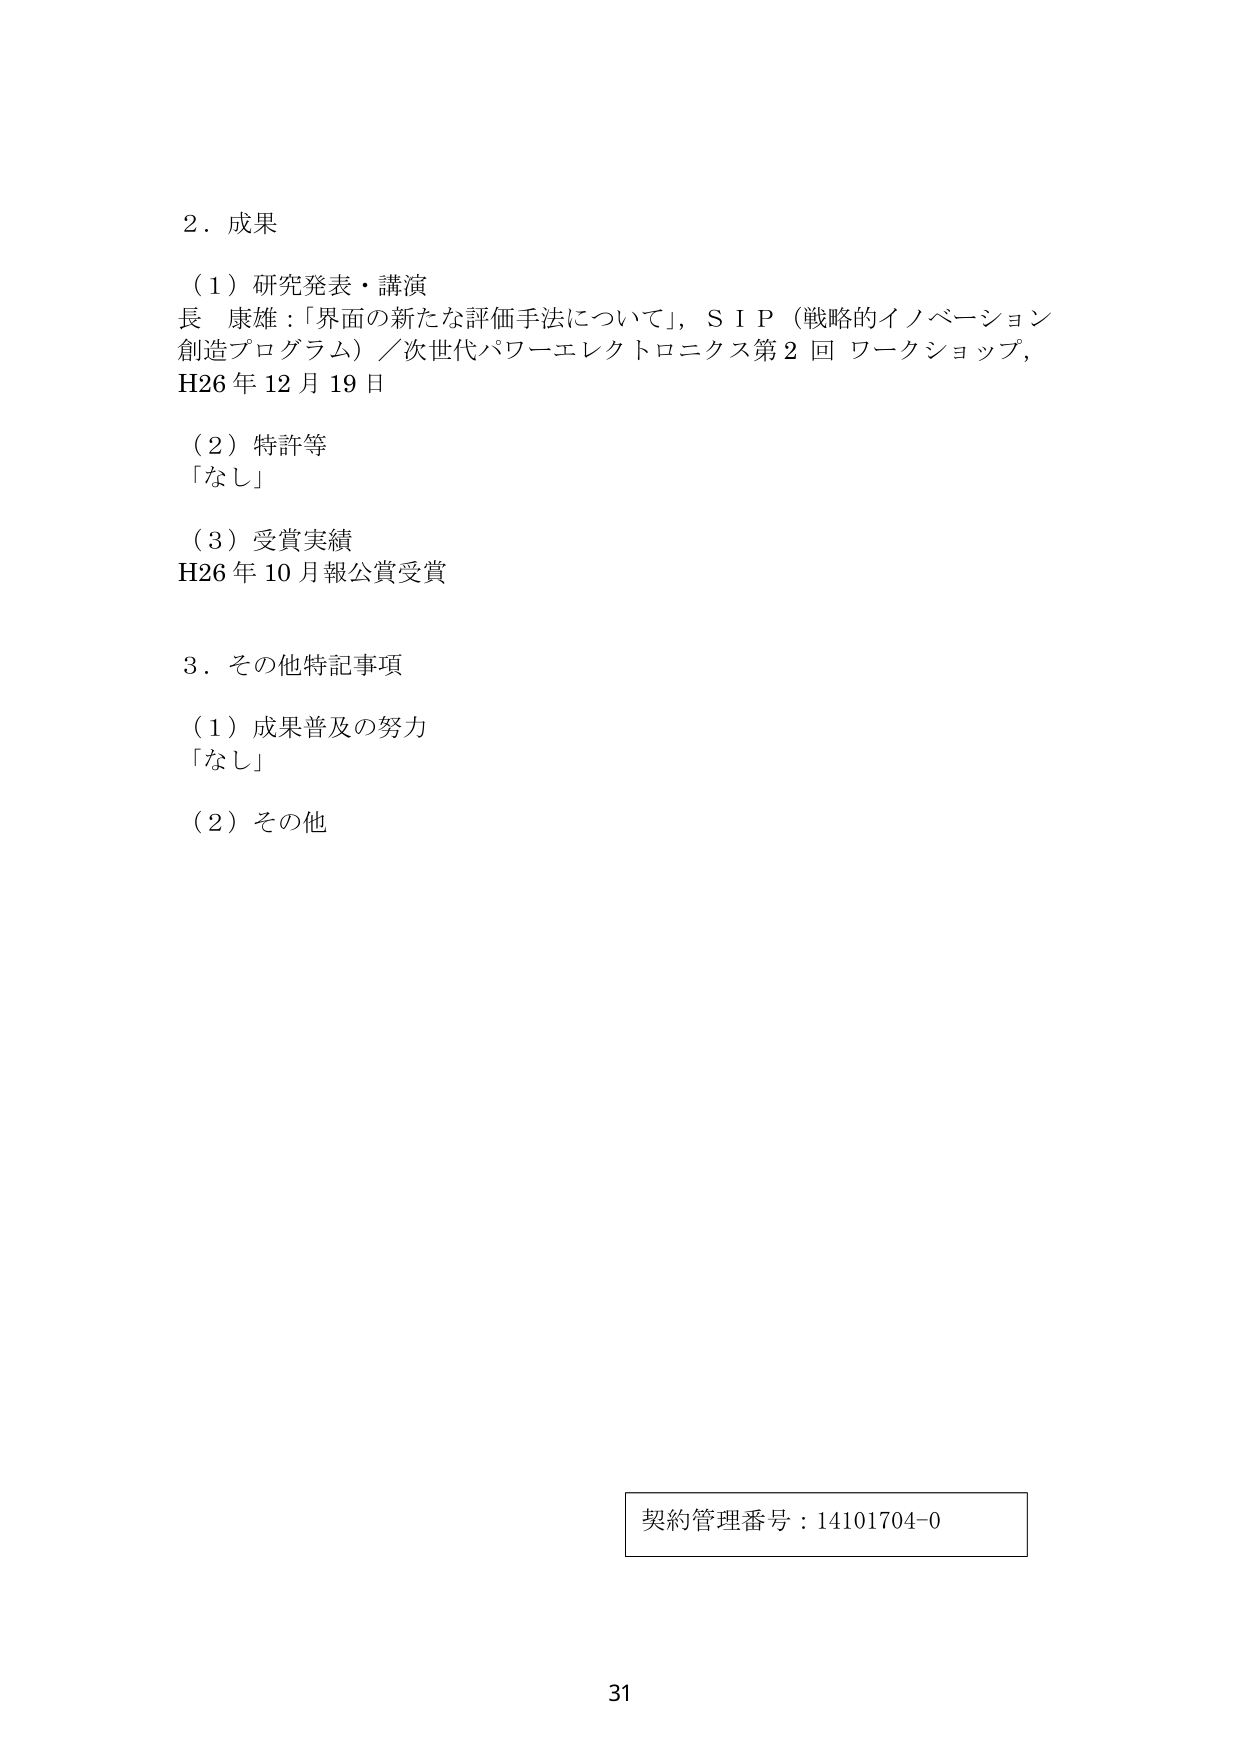
2．成果

（1）研究発表・講演
長 康雄：「界面の新たな評価手法について」，ＳＩＰ（戦略的イノベーション創造プログラム）／次世代パワーエレクトロニクス第2回ワークショップ，
H26年12月19日

（2）特許等
「なし」

（3）受賞実績
H26年10月報公賞受賞

3．その他特記事項

（1）成果普及の努力
「なし」

（2）その他

契約管理番号：14101704-0

31